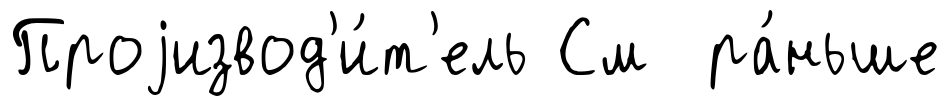
Проjизвод'и́т'ель См ра́ньше